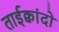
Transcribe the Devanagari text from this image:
ताईक्वांदो